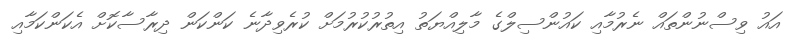
އައު ވިސްނުންތައް ނެރުމާއި ކައުންސިލްގެ މާލިއްޔަތު އިތުރުކުރުމަށް ކުރެވިދާނެ ކަންކަން ދިރާސާކޮށް އެކަންކަމާއި